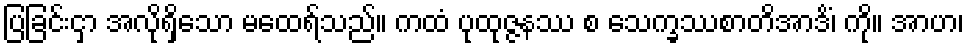
ပြခြင်းငှာ အလိုရှိသော မထေရ်သည်။ ကထံ ပုထုဇ္ဇနဿ စ သေက္ခဿစာတိအာဒိံ၊ ကို။ အာဟ၊